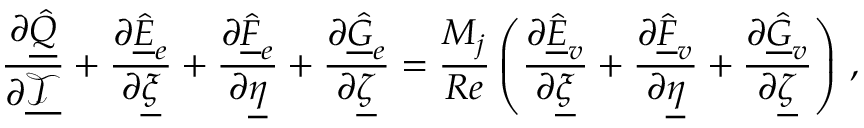
\frac { \partial \underline { { \hat { Q } } } } { \partial \underline { { \mathcal { T } } } } + \frac { \partial \underline { { \hat { E } } } _ { e } } { \partial \underline { { \xi } } } + \frac { \partial \underline { { \hat { F } } } _ { e } } { \partial \underline { { \eta } } } + \frac { \partial \underline { { \hat { G } } } _ { e } } { \partial \underline { { \zeta } } } = \frac { M _ { j } } { R e } \left( \frac { \partial \underline { { \hat { E } } } _ { v } } { \partial \underline { { \xi } } } + \frac { \partial \underline { { \hat { F } } } _ { v } } { \partial \underline { { \eta } } } + \frac { \partial \underline { { \hat { G } } } _ { v } } { \partial \underline { { \zeta } } } \right) \, \mathrm { , }